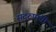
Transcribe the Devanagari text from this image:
सद्‌रुपांची